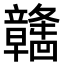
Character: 𫁯